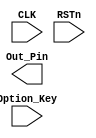
//////////////////////////////////////////////////////
////  OPTION_PWM_MODULE.v
////				ZHAOCHAO
//// 					2016-11-19
//////////////////////////////////////////////////////////////////
////

module OPTION_PWM_MODULE
(
	CLK, RSTn,
	Option_Key,
	Out_Pin
);

	input CLK;
	input RSTn;
	input [4:0]Option_Key;
	output Out_Pin;
	
	
	//// output frequece: 1K, min step: (1/256)*1K
	parameter SEGMENT = 8'd195; // 3.9us
	
	//// Key[4]: PWM += 10 step;
	//// Key[3]: PWM -= 10 step;
	//// Key[2]: PWM += 1  step;
	//// Key[1]: PWM -= 1  step;
	//// Key[0]: PWM ==    (1/2)max step;
	
	reg [7:0]C1;
	
	always@(posedge CLK or negedge RSTn)
		if (!RSTn)
			C1 <= 8'd0;
		else if (C1 == SEGMENT)
			C1 <= 8'd0;
		else 
			C1 <= C1 + 1'b1;
		

	/////////////////////////////////////////////////////////
	
	reg [7:0]System_Seg;
	
	always@(posedge CLK or negedge RSTn)
		if (!RSTn)
			System_Seg <= 8'd0;
		else if (System_Seg == 8'd255)
			System_Seg <= 8'd0;
		else if (C1 == SEGMENT)
			System_Seg <= System_Seg + 1'b1;
		
		
		
	////////////////////////////////////////////////////

	reg [7:0]Option_Seg;
	
	always@(posedge CLK or negedge RSTn)
		if (!RSTn)
			Option_Seg <= 8'd0;
			
		else if (Option_Key[4]) // segment + 10;
			if (Option_Seg < 8'd245)
				Option_Seg <= Option_Seg + 8'd10;
			else
				Option_Seg <= 8'd255;
			
		else if (Option_Key[3]) // segment - 10;
			if (Option_Seg > 8'd10)
				Option_Seg <= Option_Seg - 8'd10;
			else
				Option_Seg <= 8'd0; 
				
		else if (Option_Key[2]) // segment + 1;
			if (Option_Seg < 8'd255)
				Option_Seg <= Option_Seg + 8'd1;
			else 
				Option_Seg <= 8'd255;
				
		else if (Option_Key[1]) // segment - 1;
			if (Option_Seg > 8'd1)
				Option_Seg <= Option_Seg + 8'd1;
			else
				Option_Seg <= 8'd0;
				
		else if (Option_Key[0]) // segment / 2;
			Option_Seg <= 8'd127;
			
			
	////////////////////////////////////////////////////////////
	
	assign Pin_Out = ( System_Seg < Option_Seg) ? 1'b1 : 1'b0;
	
	
endmodule